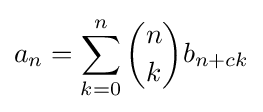
a_{n}=\sum _{k=0}^{n}{\binom {n}{k}}b_{n+ck}